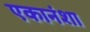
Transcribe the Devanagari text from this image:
एकानंशा